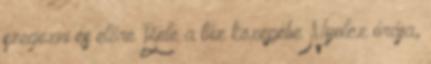
szegezni és előre Bele a tűz közepébe Nyolcz órája,